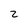
Character: 2